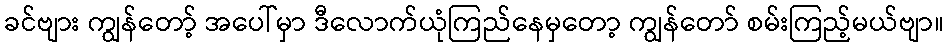
ခင်ဗျား ကျွန်တော့် အပေါ်မှာ ဒီလောက်ယုံကြည်နေမှတော့ ကျွန်တော် စမ်းကြည့်မယ်ဗျာ။